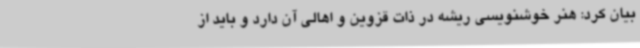
بیان کرد: هنر خوشنویسی ریشه در ذات قزوین و اهالی آن دارد و باید از